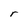
Character: r